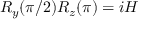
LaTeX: R _ { y } ( \pi / 2 ) R _ { z } ( \pi ) = i H